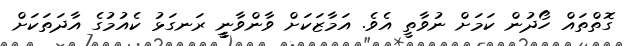
ގޮތްތައް ހޯދުން ކަމަށް ނުވާތީ އެވެ. އަމާޒަކަށް ވާންވާނީީ ރަނގަޅު ކެއުމުގެ އާދަތަކަށް